Resolution. No. 1369 Ex.
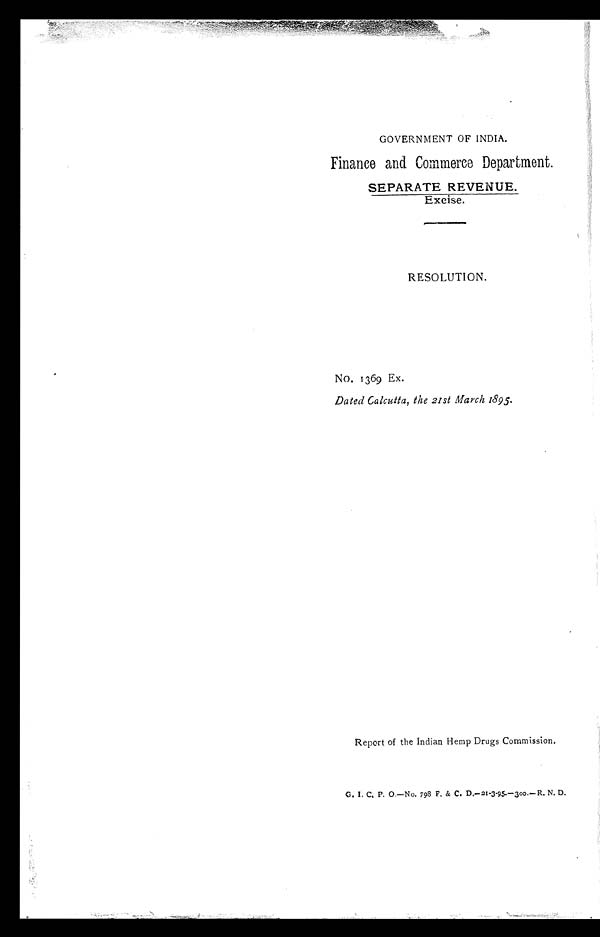
GOVERNMENT OF INDIA.
Finance and Commerce Department.
SEPARATE REVENUE.
Excise.
RESOLUTION.
No. 1369 Ex.
Dated Calcutta, the 21st March 1895.
Report of the Indian Hemp Drugs Commission.
G. I. C. P. 0.—No. 793 F. & C. D.-21-3-95.-300.-R. N. D.